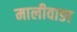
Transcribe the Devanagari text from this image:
मालीवाङा